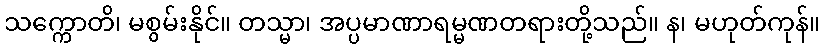
သက္ကောတိ၊ မစွမ်းနိုင်။ တသ္မာ၊ အပ္ပမာဏာရမ္မဏတရားတို့သည်။ န၊ မဟုတ်ကုန်။